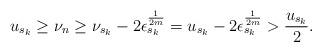
LaTeX: \begin{align*}u_{s_k}\geq\nu_n \geq \nu_{s_k}-2\epsilon_{s_k}^{\frac{1}{2m}}=u_{s_k}-2\epsilon_{s_k}^{\frac{1}{2m}}>\frac{u_{s_k}}{2}.\end{align*}